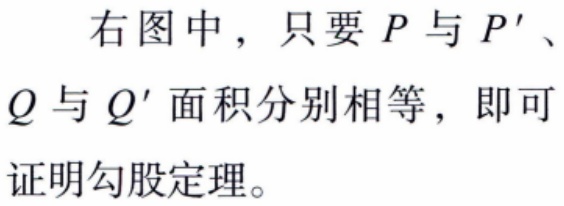
右图中，只要 \(P\) 与 \(P'\)、\(Q\) 与 \(Q'\) 面积分别相等，即可证明勾股定理。